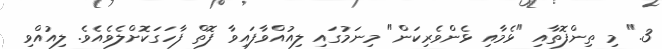
3." މި ތިންފޮތާއި "ޅެމާއި ޅެންވެރިކަން" މިނަމުގައި ލިއުއްވާފައިވާ ފޮތް ފާހަގަކޮށްލެވެއެވެ. ލިއުއްވި